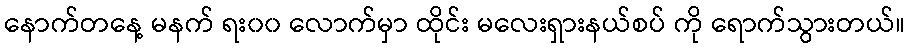
နောက်တနေ့ မနက် ရး၀၀ လောက်မှာ ထိုင်း မလေးရှားနယ်စပ် ကို ရောက်သွားတယ်။